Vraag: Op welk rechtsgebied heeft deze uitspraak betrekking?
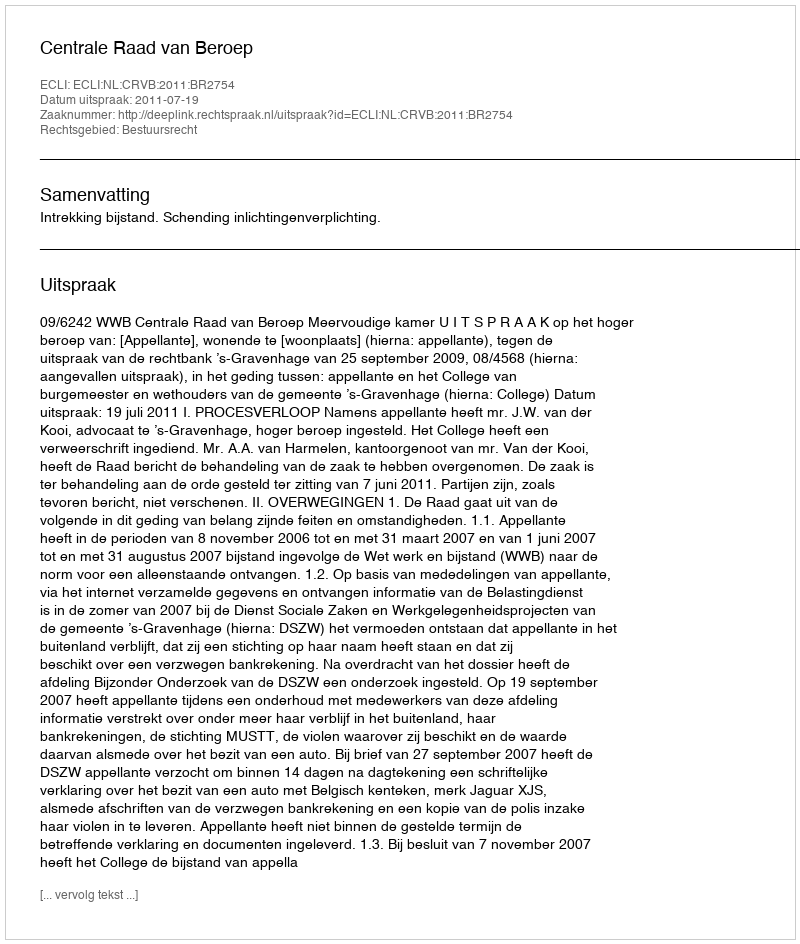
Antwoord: Bestuursrecht